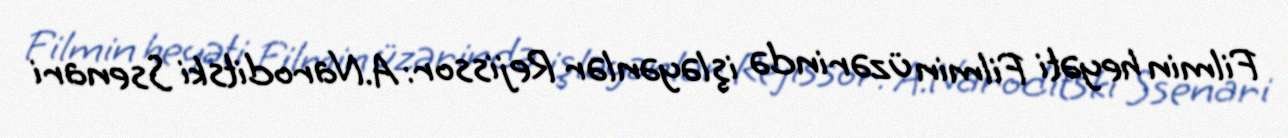
Filmin heyəti Filmin üzərində işləyənlər Rejissor: A.Naroditski Ssenari